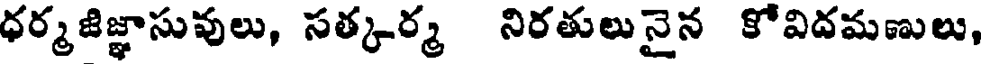
ధర్మజిజ్ఞాసువులు, సత్కర్మ నిరతులునైన కోవిదమణులు,